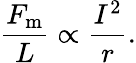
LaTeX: {\frac{F_{\mathrm{m}}}{L}}\propto{\frac{I^{2}}{r}}.